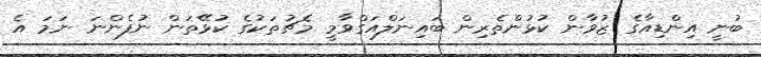
ބުނީ އިންޑިއާގެ ޒުވާން ކުޅުންތެރިން ބައިނަލްއަގްވާމީ މެޗުތަކުގެ ކުޅޭތަން ނުފެންނަ ނަމަ އެ